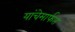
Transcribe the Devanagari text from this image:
यांचेमार्फत